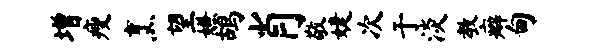
增瘦烹望嫌鸪肖敬婕次于淡教癖甸